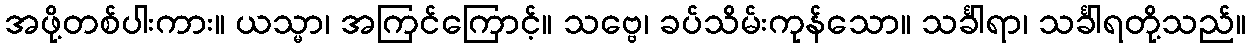
အဖို့တစ်ပါးကား။ ယသ္မာ၊ အကြင်ကြောင့်။ သဗ္ဗေ၊ ခပ်သိမ်းကုန်သော။ သင်္ခါရာ၊ သင်္ခါရတို့သည်။